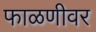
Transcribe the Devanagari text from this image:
फाळणीवर